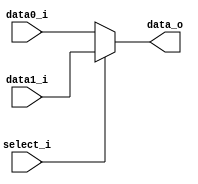
//0516094 0516077
//Subject:     CO project 2 - MUX 221
//--------------------------------------------------------------------------------
//Version:     1
//--------------------------------------------------------------------------------
//Writer:      Luke
//----------------------------------------------
//----------------------------------------------
//Description: 
//--------------------------------------------------------------------------------

module MUX_2to1(
               data0_i,
               data1_i,
               select_i,
               data_o
               );

parameter size = 0;			   
			
//I/O ports               
input   [size-1:0] data0_i;          
input   [size-1:0] data1_i;
input              select_i;
output  [size-1:0] data_o; 

//Internal Signals
//reg     [size-1:0] data_o;

//Main function
assign data_o = (select_i == 0) ? data0_i : data1_i;
endmodule